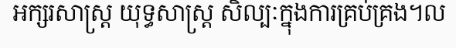
អក្សរសាស្ត្រ យុទ្ធសាស្ត្រ សិល្បៈក្នុងការគ្រប់គ្រង។ល